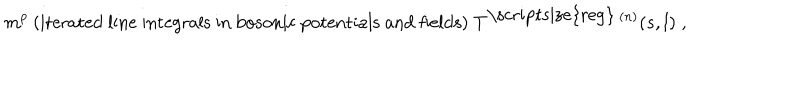
LaTeX: m ^ { p } \: { \mathrm { ( i t e r a t e d ~ l i n e ~ i n t e g r a l s ~ i n ~ b o s o n i c ~ p o t e n t i a l s ~ a n d ~ f i e l d s ) } } \; T ^ { \mathrm { \scriptsize { r e g } } \: ( n ) } ( s , l ) \; ,